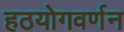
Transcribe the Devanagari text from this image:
हठयोगवर्णन